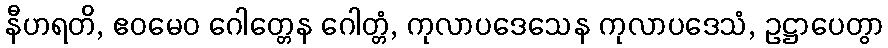
နီဟရတိ, ဧဝမေဝ ဂေါတ္တေန ဂေါတ္တံ, ကုလာပဒေသေန ကုလာပဒေသံ, ဥဋ္ဌာပေတွာ